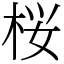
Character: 桜